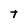
Character: T